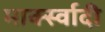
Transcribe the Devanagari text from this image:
मार्क्स्वादी